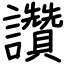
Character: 讚